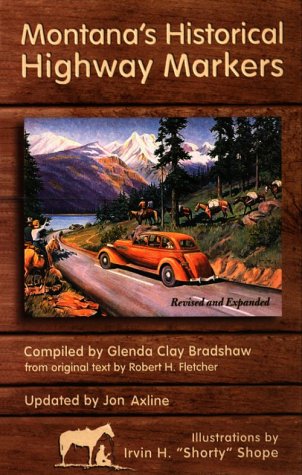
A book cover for Montana's Historical Highway Markers; Glenda Clay Bradshaw; Travel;